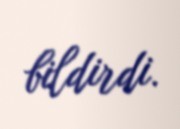
bildirdi.